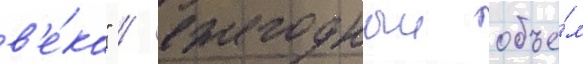
в'е́ка" / ежегодныи объе́м